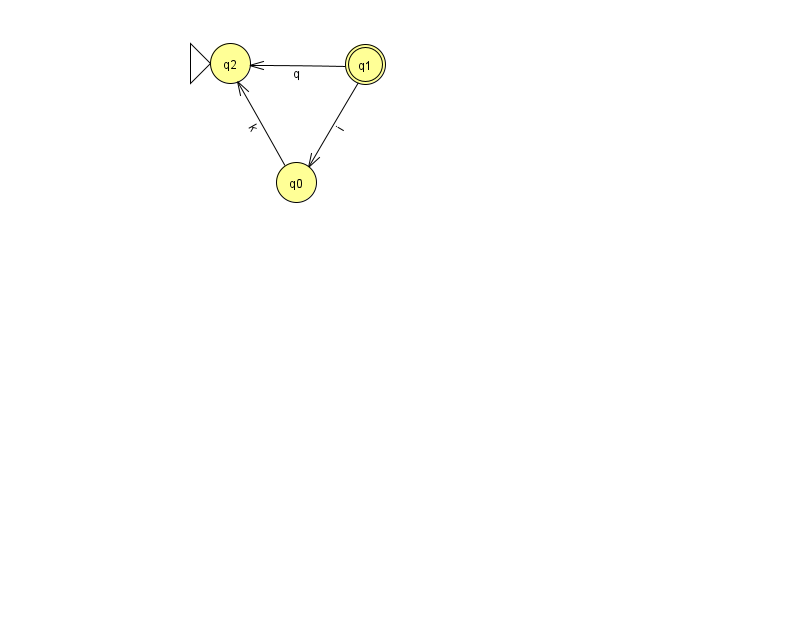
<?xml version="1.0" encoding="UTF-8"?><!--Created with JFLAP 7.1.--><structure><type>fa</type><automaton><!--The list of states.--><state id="0" name="q0"><x>296.0</x><y>169.0</y></state><state id="1" name="q1"><x>365.0</x><y>51.0</y><final/></state><state id="2" name="q2"><x>230.0</x><y>50.0</y><initial/></state><!--The list of transitions.--><transition><from>1</from><to>0</to><read>i</read></transition><transition><from>1</from><to>2</to><read>q</read></transition><transition><from>0</from><to>2</to><read>k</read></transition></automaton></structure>